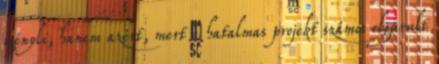
igényli, hanem azért, mert a hatalmas projekt számos elgurult